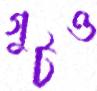
গুটও